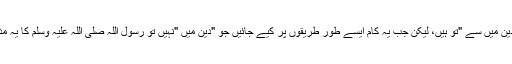
جی ہاں یہ مذکورہ بالا کام "دِین میں سے "تو ہیں، لیکن جب یہ کام ایسے طور طریقوں پر کیے جائیں جو "دِین میں "نہیں تو رسول اللہ صلی اللہ علیہ وسلم کا یہ مذکورہ بالا حُکم لاگو ہوتا ہے۔